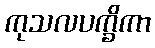
ကုသလပက္ခိကာ